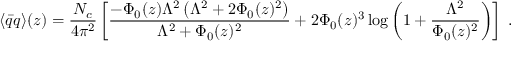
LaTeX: \langle \bar { q } q \rangle ( z ) = \frac { N _ { c } } { 4 \pi ^ { 2 } } \left[ \frac { - \Phi _ { 0 } ( z ) \Lambda ^ { 2 } \left( \Lambda ^ { 2 } + 2 \Phi _ { 0 } ( z ) ^ { 2 } \right) } { \Lambda ^ { 2 } + \Phi _ { 0 } ( z ) ^ { 2 } } + 2 \Phi _ { 0 } ( z ) ^ { 3 } \log \left( 1 + \frac { \Lambda ^ { 2 } } { \Phi _ { 0 } ( z ) ^ { 2 } } \right) \right] \; .